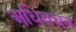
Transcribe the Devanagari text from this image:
अधिवचन